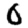
Digit: 0